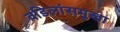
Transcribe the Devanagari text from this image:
वडिलांसमुखा